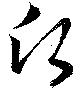
願